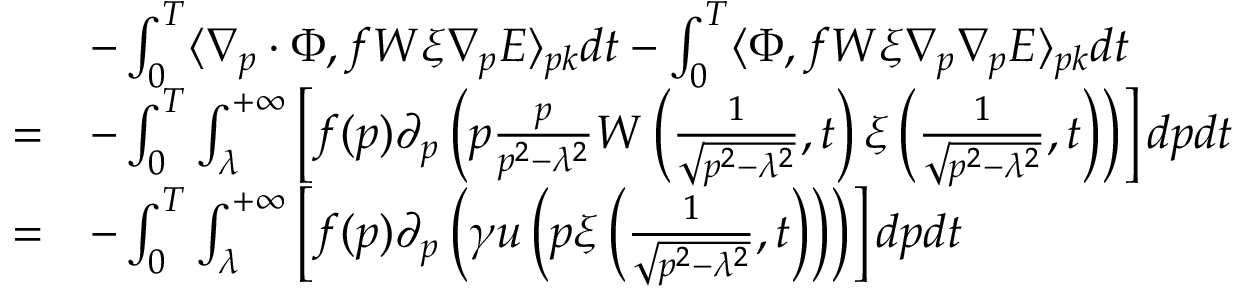
\begin{array} { r l } & { - \int _ { 0 } ^ { T } \langle \nabla _ { p } \cdot \Phi , f W \xi \nabla _ { p } E \rangle _ { p k } d t - \int _ { 0 } ^ { T } \langle \Phi , f W \xi \nabla _ { p } \nabla _ { p } E \rangle _ { p k } d t } \\ { = } & { - \int _ { 0 } ^ { T } \int _ { \lambda } ^ { + \infty } \left[ f ( p ) \partial _ { p } \left( p \frac { p } { p ^ { 2 } - \lambda ^ { 2 } } W \left( \frac { 1 } { \sqrt { p ^ { 2 } - \lambda ^ { 2 } } } , t \right) \xi \left( \frac { 1 } { \sqrt { p ^ { 2 } - \lambda ^ { 2 } } } , t \right) \right) \right] d p d t } \\ { = } & { - \int _ { 0 } ^ { T } \int _ { \lambda } ^ { + \infty } \left[ f ( p ) \partial _ { p } \left( \gamma u \left( p \xi \left( \frac { 1 } { \sqrt { p ^ { 2 } - \lambda ^ { 2 } } } , t \right) \right) \right) \right] d p d t } \end{array}